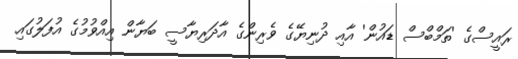
ރައީސްގެ 'ތަމްބްސް ޑައުން' އާއި ދުނިޔޭގެ ވެރިންގެ އާދަރިޔާސީ ބަޔާން އިއްވުމުގެ އުފަލުގައި